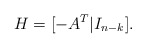
\begin{align*}H=[-A^T|I_{n-k}].\end{align*}